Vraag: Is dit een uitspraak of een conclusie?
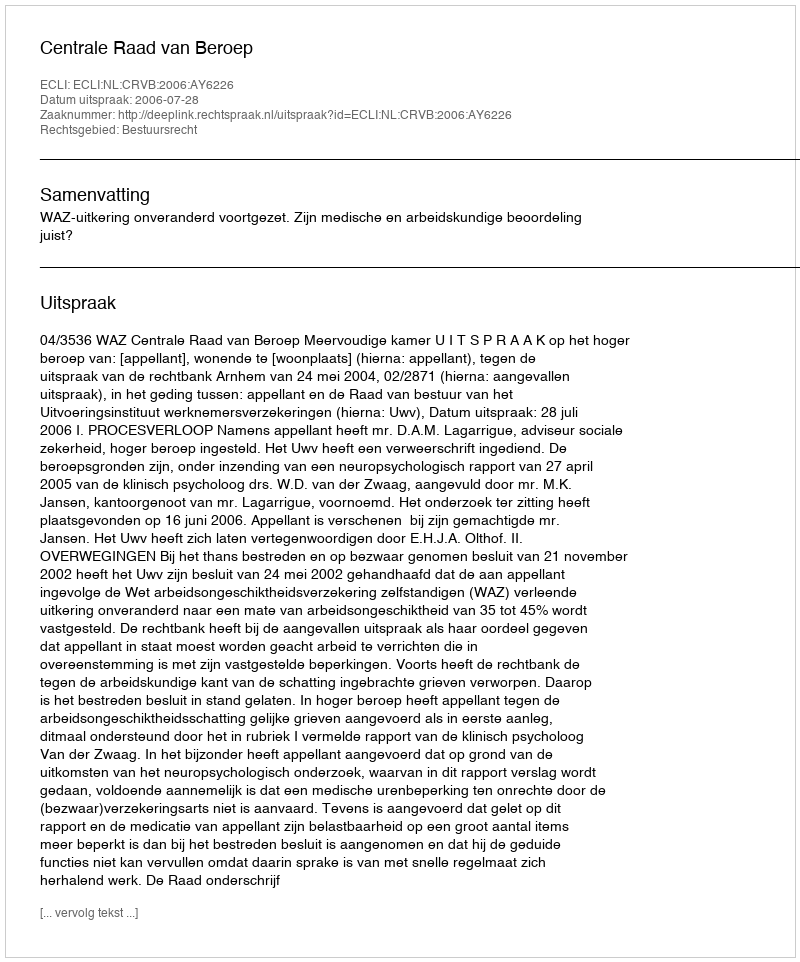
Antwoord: Uitspraak